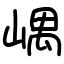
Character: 嵎